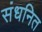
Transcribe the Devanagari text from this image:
संधनित